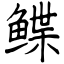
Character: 鲽